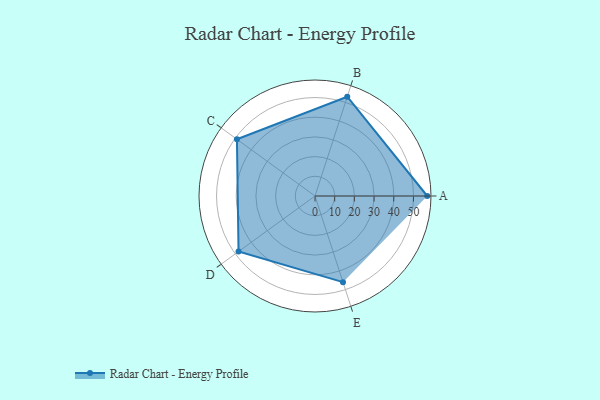
{"axis": {"x": "Skill", "y": "Score"}, "legend": ["Profile"], "data": [{"x": "A", "y": 57.0, "type": "Profile"}, {"x": "B", "y": 53.0, "type": "Profile"}, {"x": "C", "y": 49.0, "type": "Profile"}, {"x": "D", "y": 48.0, "type": "Profile"}, {"x": "E", "y": 46.0, "type": "Profile"}]}